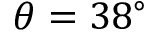
\theta = 3 8 ^ { \circ }